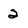
Character: 2